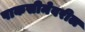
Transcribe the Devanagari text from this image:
पाकसीमेवरील